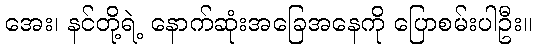
အေး၊ နင်တို့ရဲ့ နောက်ဆုံးအခြေအနေကို ပြောစမ်းပါဦး။